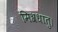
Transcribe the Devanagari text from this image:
मिश्रधातु।